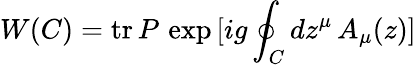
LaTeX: W(C)=\mathrm{tr}\, P\, \exp\, [ig\oint_{C}dz^{\mu}\, A_{\mu}(z)]